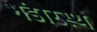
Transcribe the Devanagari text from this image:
भंडारस्थ